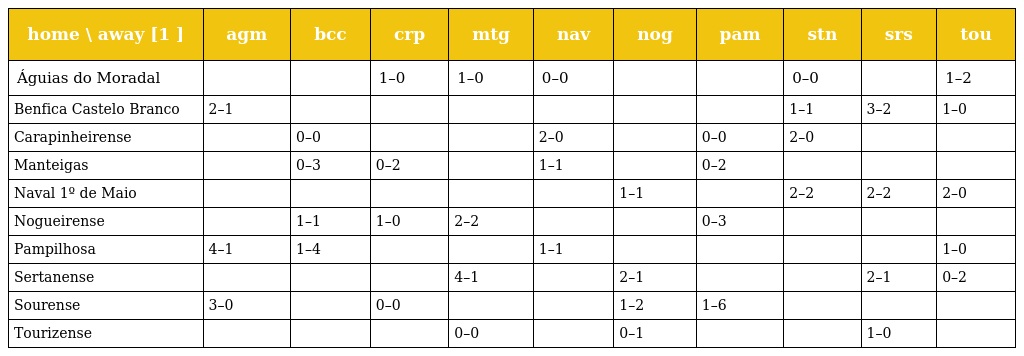
| home \ away [1 ] | agm | bcc | crp | mtg | nav | nog | pam | stn | srs | tou |
 | --- | --- | --- | --- | --- | --- | --- | --- | --- | --- | --- |
 | Águias do Moradal |  |  | 1–0 | 1–0 | 0–0 |  |  | 0–0 |  | 1–2 |
 | Benfica Castelo Branco | 2–1 |  |  |  |  |  |  | 1–1 | 3–2 | 1–0 |
 | Carapinheirense |  | 0–0 |  |  | 2–0 |  | 0–0 | 2–0 |  |  |
 | Manteigas |  | 0–3 | 0–2 |  | 1–1 |  | 0–2 |  |  |  |
 | Naval 1º de Maio |  |  |  |  |  | 1–1 |  | 2–2 | 2–2 | 2–0 |
 | Nogueirense |  | 1–1 | 1–0 | 2–2 |  |  | 0–3 |  |  |  |
 | Pampilhosa | 4–1 | 1–4 |  |  | 1–1 |  |  |  |  | 1–0 |
 | Sertanense |  |  |  | 4–1 |  | 2–1 |  |  | 2–1 | 0–2 |
 | Sourense | 3–0 |  | 0–0 |  |  | 1–2 | 1–6 |  |  |  |
 | Tourizense |  |  |  | 0–0 |  | 0–1 |  |  | 1–0 |  |